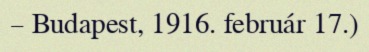
– Budapest, 1916. február 17.)